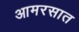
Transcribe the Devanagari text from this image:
आमरसात